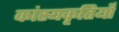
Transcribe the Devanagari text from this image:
कांस्यकृतियाँ